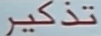
تذكر